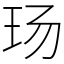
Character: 玚